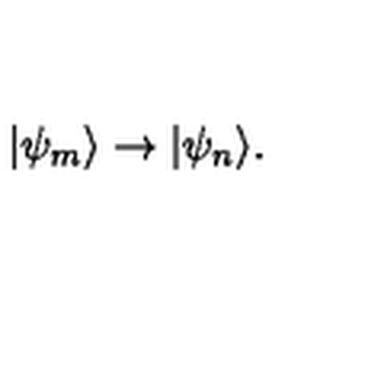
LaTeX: | \psi _ { m } \rangle \rightarrow | \psi _ { n } \rangle .